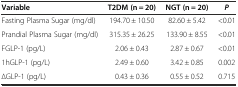
| Variable | T2DM (n = 20) | NGT (n = 20) | P |
 | --- | --- | --- | --- |
 | Fasting Plasma Sugar (mg/dl) | 194.70 ± 10.50 | 82.60 ± 5.42 | <0.01 |
 | Prandial Plasma Sugar (mg/dl) | 315.35 ± 26.25 | 133.90 ± 8.55 | <0.01 |
 | FGLP-1 (pg/L) | 2.06 ± 0.43 | 2.87 ± 0.67 | <0.01 |
 | 1hGLP-1 (pg/L) | 2.49 ± 0.60 | 3.42 ± 0.85 | 0.002 |
 | ∆GLP-1 (pg/L) | 0.43 ± 0.36 | 0.55 ± 0.52 | 0.715 |